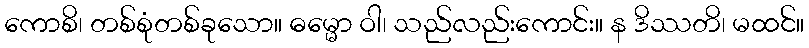
ကောစိ၊ တစ်စုံတစ်ခုသော။ ဓမ္မော ဝါ၊ သည်လည်းကောင်း။ န ဒိဿတိ၊ မထင်။